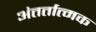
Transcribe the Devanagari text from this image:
अंतर्तात्मक